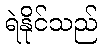
ရဲနိုင်သည်